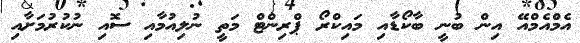
އެމްއެމްއޭ އިން ބުނީ ބާކޯޑާއި މައިކްރޯ ޕްރިންޓް މަތީ ނުލިއުމާއި ސޮއި ނުކުރުމަށާއި